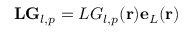
\mathbf { L G } _ { l , p } = L G _ { l , p } ( \mathbf { r } ) \mathbf { e } _ { L } ( \mathbf { r } )